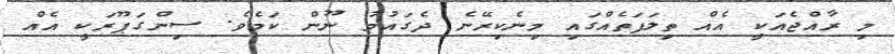
މި ރާއްޖެއަކީ އެއް ތިލަފަތެއްގައި މިނެކިރޭނެ ދެގައުމު ނޫން ކަމެވެ. ސިންގަޕޫރަކީ އެއް